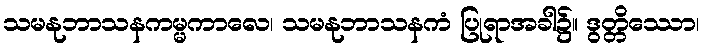
သမနုဘာသနကမ္မကာလေ၊ သမနုဘာသနကံ ပြုရာအခါ၌။ ဒွတ္တိဿော၊